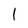
Character: l